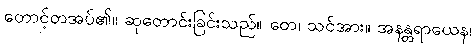
တောင့်တအပ်၏။ ဆုတောင်းခြင်းသည်။ တေ၊ သင်အား။ အနန္တရာယေန၊